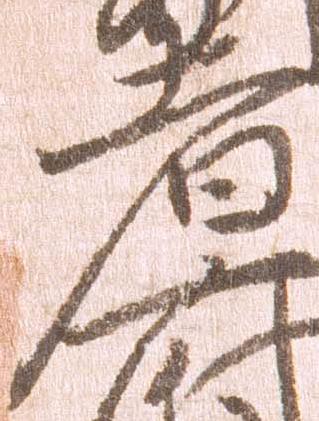
者